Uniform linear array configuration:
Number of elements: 16
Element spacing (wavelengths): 0.75
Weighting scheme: blackman
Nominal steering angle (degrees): -60
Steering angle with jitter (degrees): -58.208
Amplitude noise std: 0.05
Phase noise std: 0.05

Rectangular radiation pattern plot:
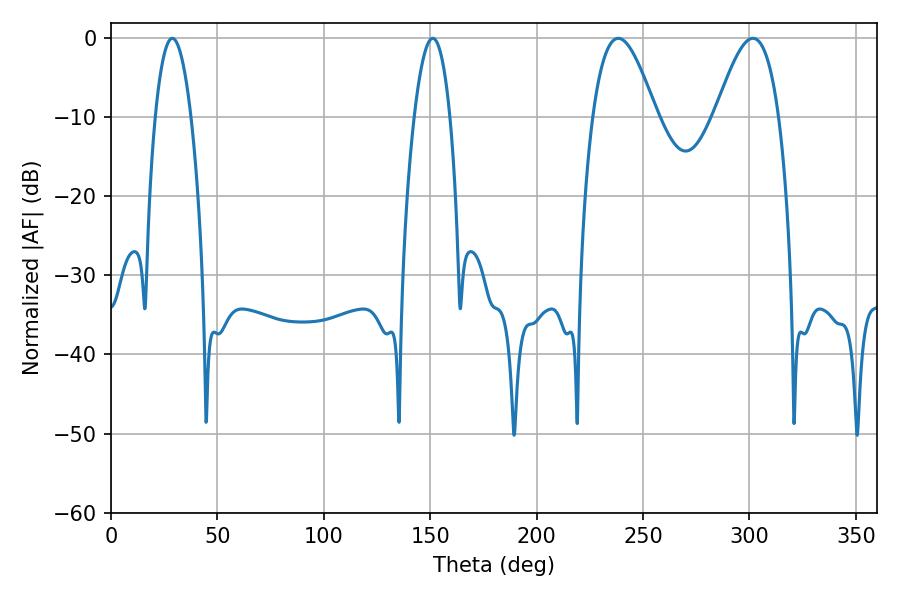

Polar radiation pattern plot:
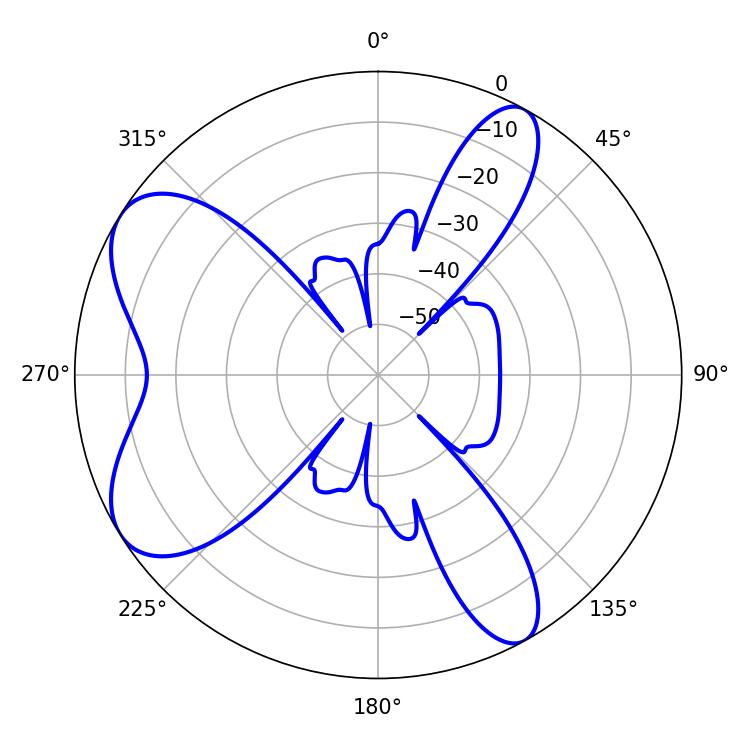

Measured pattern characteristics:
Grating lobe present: TRUE
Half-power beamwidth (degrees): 9.36
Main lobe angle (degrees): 28.8